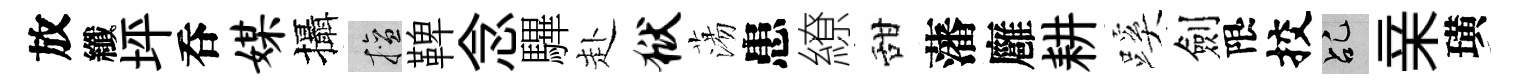
放纖坪呑媒攝擅鞞念驆赴狱蕩患繚甜藩廱耕蹊劍限挍乩亲璜